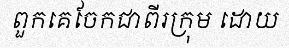
ពួកគេចែកជាពីរក្រុម ដោយ